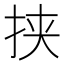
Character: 挟